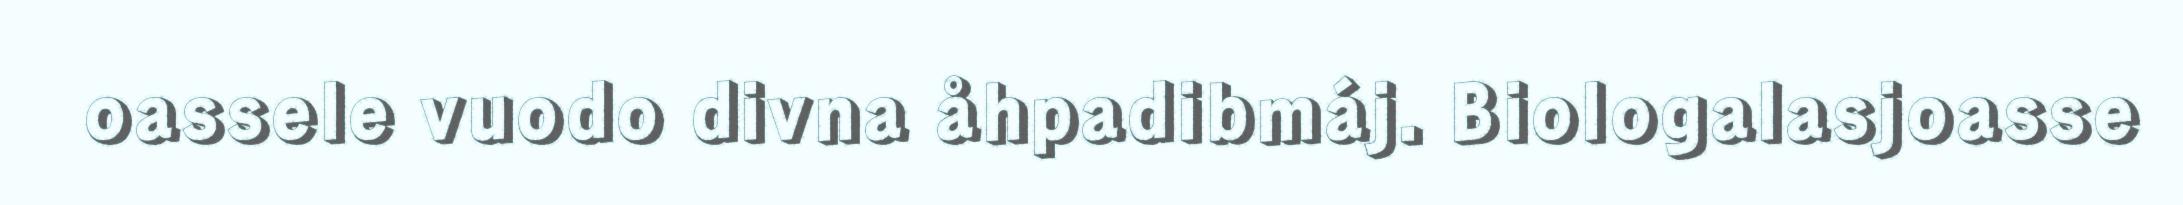
oassele vuodo divna åhpadibmáj. Biologalasjoasse